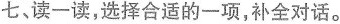
七,读一读,选择合适的一项，补全对话.。